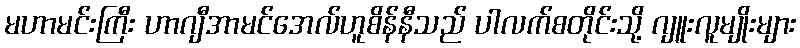
မဟာမင်းကြီး ဟာဂျီအာမင်အေလ်ဟူစိန်နီသည် ပါလက်စတိုင်းသို့ ဂျူးလူမျိုးများ